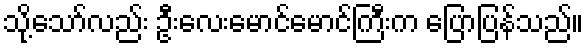
သို့သော်လည်း ဦးလေးမောင်မောင်ကြီးက ပြောပြန်သည်။